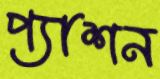
প্যাশন